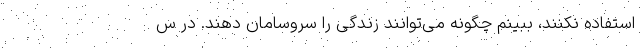
استفاده نکنند، ببینم چگونه می‌توانند زندگی را سروسامان دهند. در س